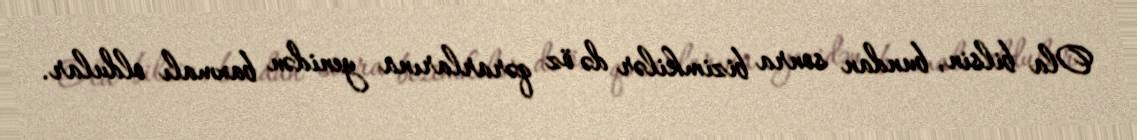
Ola bilsin, bundan sonra bizimkilər də öz qərarlarına yenidən baxmalı oldular.